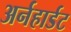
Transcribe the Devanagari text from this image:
अर्नहार्डट